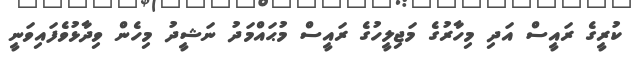
ކުރީގެ ރައީސް އަދި މިހާރުގެ މަޖިލީހުގެ ރައީސް މުޙައްމަދު ނަޝީދު މިހެން ވިދާޅުވެފައިވަނީ